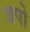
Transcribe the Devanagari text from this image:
जपो